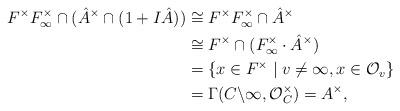
LaTeX: \begin{align*}F^\times F_\infty^\times \cap (\hat{A}^\times\cap(1+I\hat{A}))&\cong F^\times F_\infty^\times \cap \hat{A}^\times \\&\cong F^\times \cap (F_\infty^\times\cdot\hat{A}^\times) \\&= \{ x \in F^\times \mid v\neq\infty, x\in\mathcal{O}_{v} \} \\&= \Gamma(C\backslash{\infty}, \mathcal{O}_C^\times) = A^\times,\end{align*}